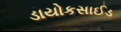
ડાયોકસાઈડ